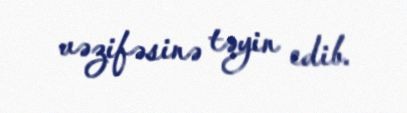
vəzifəsinə təyin edib.